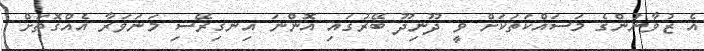
އެ ޒުވާނުންގެ މަސައްކަތަކަށް ވީ ދޫނިދޫ ބޭރުގައި އޮންނަ އިނގިރޭސި މަނަވަރާ އެއްގޮތަށް